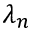
\lambda _ { n }